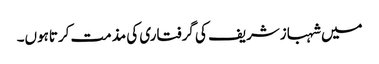
میں شہبازشریف کی گرفتاری کی مذمت کرتاہوں۔